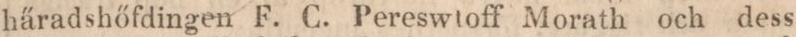
häradshőfdingen F. C. Pereswtoff Morath och dess